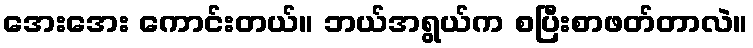
အေးအေး ကောင်းတယ်။ ဘယ်အရွယ်က စပြီးစာဖတ်တာလဲ။